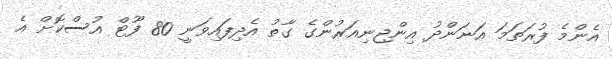
އެންމެ ފުރަތަމަ އަނަންދު އިންޖިނިއަރުންގެ ގާތު އެދިފައިވަނީ 80 ފޫޓް އުސްކޮށް އެ